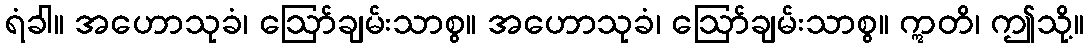
ရံခါ။ အဟောသုခံ၊ ဩော်ချမ်းသာစွ။ အဟောသုခံ၊ ဩော်ချမ်းသာစွ။ ဣတိ၊ ဤသို့။